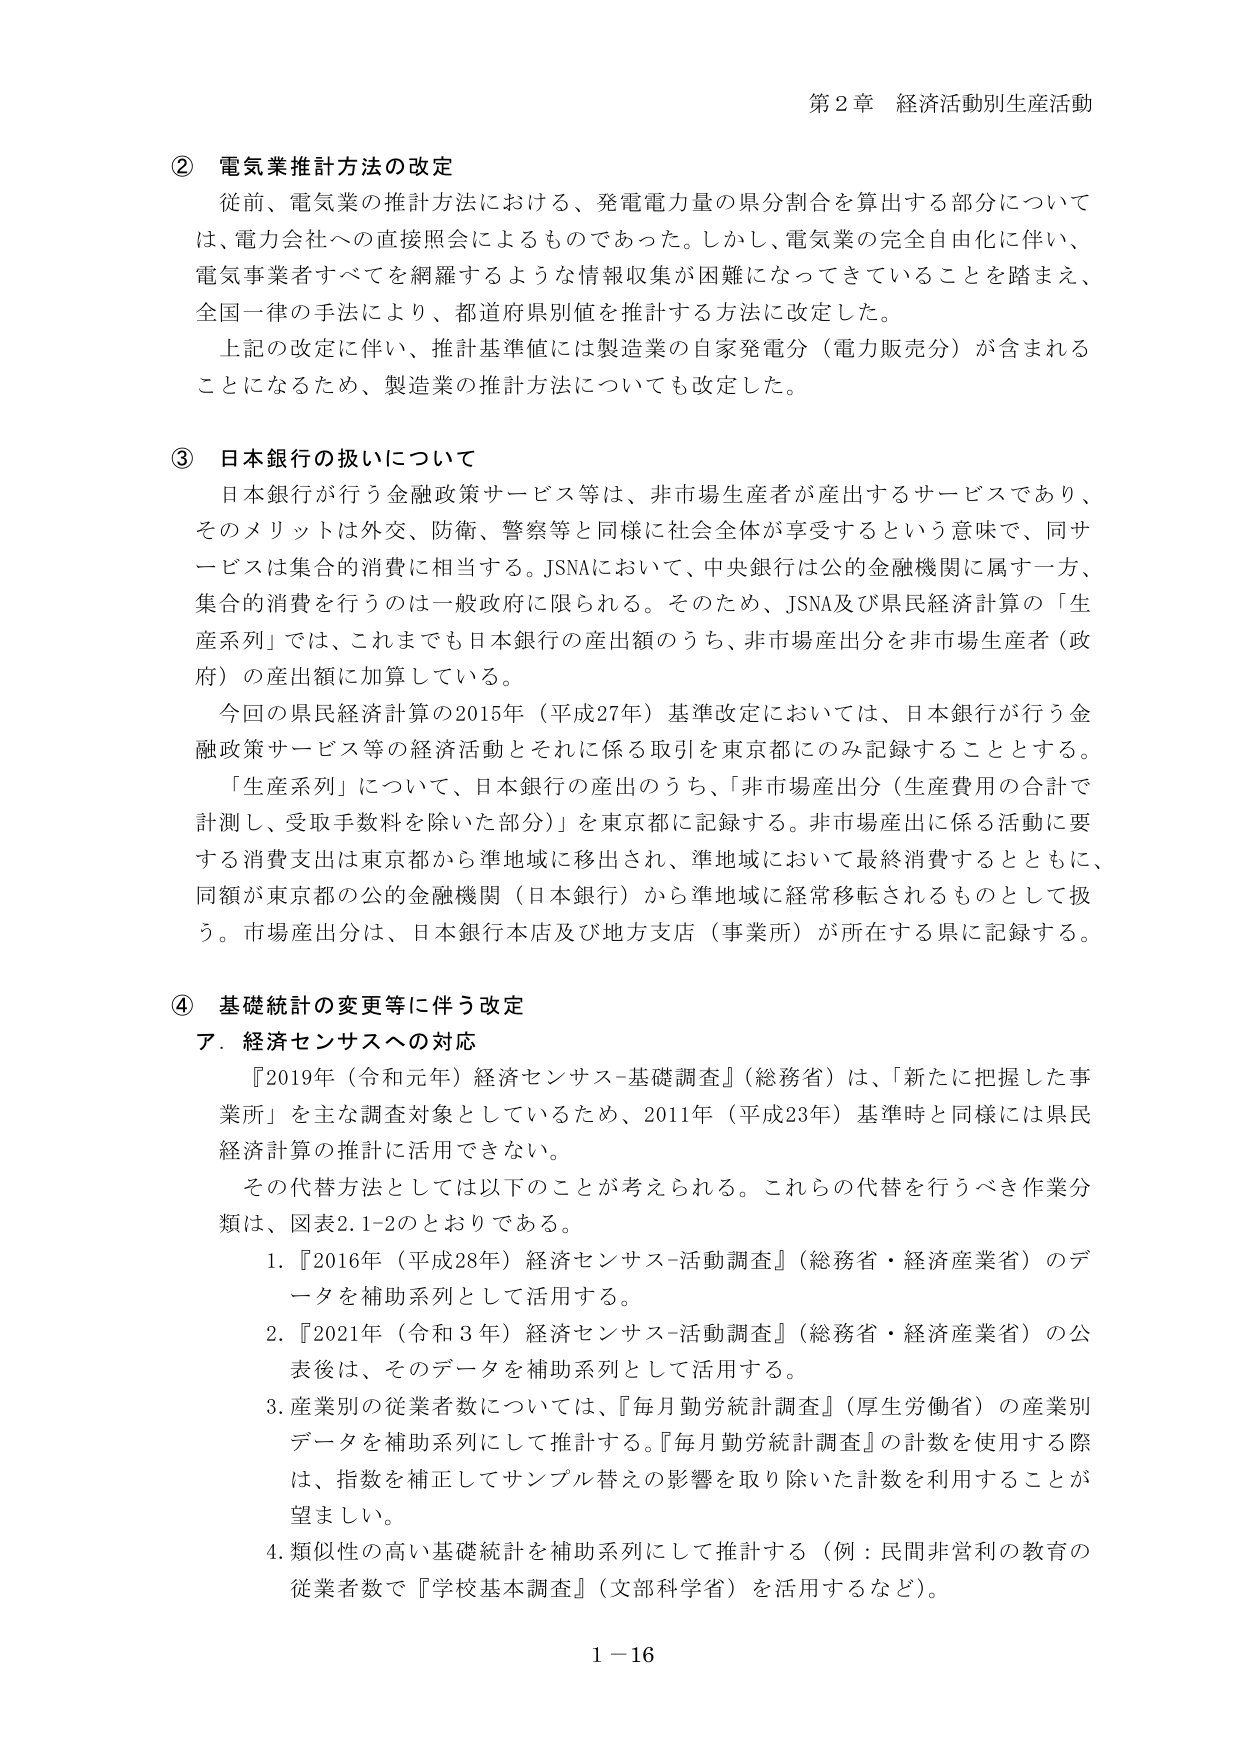
第２章 経済活動別生産活動

② 電気業推計方法の改定
従前、電気業の推計方法における、発電電力量の県分割合を算出する部分については、電力会社への直接照会によるものであった。しかし、電気業の完全自由化に伴い、電気事業者すべてを網羅するような情報収集が困難になってきていることを踏まえ、全国一律の手法により、都道府県別値を推計する方法に改定した。
上記の改定に伴い、推計基準値には製造業の自家発電分（電力販売分）が含まれることになるため、製造業の推計方法についても改定した。

③ 日本銀行の扱いについて
日本銀行が行う金融政策サービス等は、非市場生産者が産出するサービスであり、そのメリットは外交、防衛、警察等と同様に社会全体が享受するという意味で、同サービスは集合的消費に相当する。JSNAにおいて、中央銀行は公的金融機関に属す一方、集合的消費を行うのは一般政府に限られる。そのため、JSNA及び県民経済計算の「生産系列」では、これまでも日本銀行の産出額のうち、非市場産出分を非市場生産者（政府）の産出額に加算している。
今回の県民経済計算の2015年（平成27年）基準改定においては、日本銀行が行う金融政策サービス等の経済活動とそれに係る取引を東京都にのみ記録することとする。
「生産系列」について、日本銀行の産出のうち、「非市場産出分（生産費用の合計で計測し、受取手数料を除いた部分）」を東京都に記録する。非市場産出に係る活動に要する消費支出は東京都から準地域に移出され、準地域において最終消費するとともに、同額が東京都の公的金融機関（日本銀行）から準地域に経常移転されるものとして扱う。市場産出分は、日本銀行本店及び地方支店（事業所）が所在する県に記録する。

④ 基礎統計の変更等に伴う改定
ア．経済センサスへの対応
『2019年（令和元年）経済センサス-基礎調査』（総務省）は、「新たに把握した事業所」を主な調査対象としているため、2011年（平成23年）基準時と同様には県民経済計算の推計に活用できない。
その代替方法としては以下のことが考えられる。これらの代替を行うべき作業分類は、図表2.1-2のとおりである。
1. 『2016年（平成28年）経済センサス-活動調査』（総務省・経済産業省）のデータを補助系列として活用する。
2. 『2021年（令和3年）経済センサス-活動調査』（総務省・経済産業省）の公表後は、そのデータを補助系列として活用する。
3. 産業別の従業者数については、『毎月勤労統計調査』（厚生労働省）の産業別データを補助系列にして推計する。『毎月勤労統計調査』の計数を使用する際は、指数を補正してサンプル替えの影響を取り除いた計数を利用することが望ましい。
4. 類似性の高い基礎統計を補助系列にして推計する（例：民間非営利の教育の従業者数で『学校基本調査』（文部科学省）を活用するなど）。

1－16